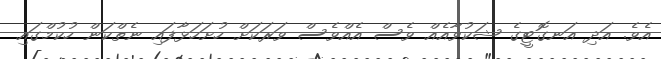
އެވެ. އަދި އަނގޮޓީގެ ޝަކުވާއެއް ވެސް އެއްވެސް ވަރަކަށް ހުށަހަޅާފައި ނެތްކަން ހުކުމްގައި